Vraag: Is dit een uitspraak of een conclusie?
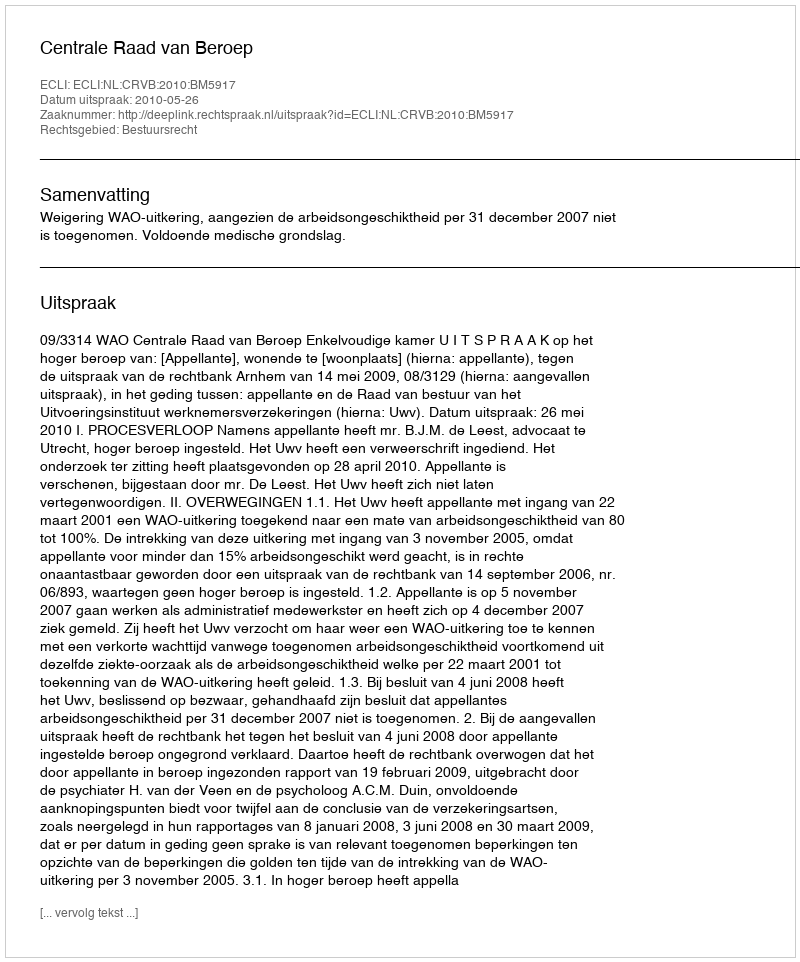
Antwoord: Uitspraak